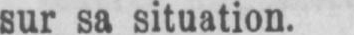
sur sa situation.